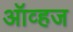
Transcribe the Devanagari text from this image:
ऑव्हज